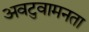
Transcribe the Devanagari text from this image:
अवटुवामनता